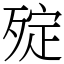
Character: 㱨